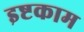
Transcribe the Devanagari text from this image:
इष्टकाम